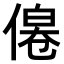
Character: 𠌔